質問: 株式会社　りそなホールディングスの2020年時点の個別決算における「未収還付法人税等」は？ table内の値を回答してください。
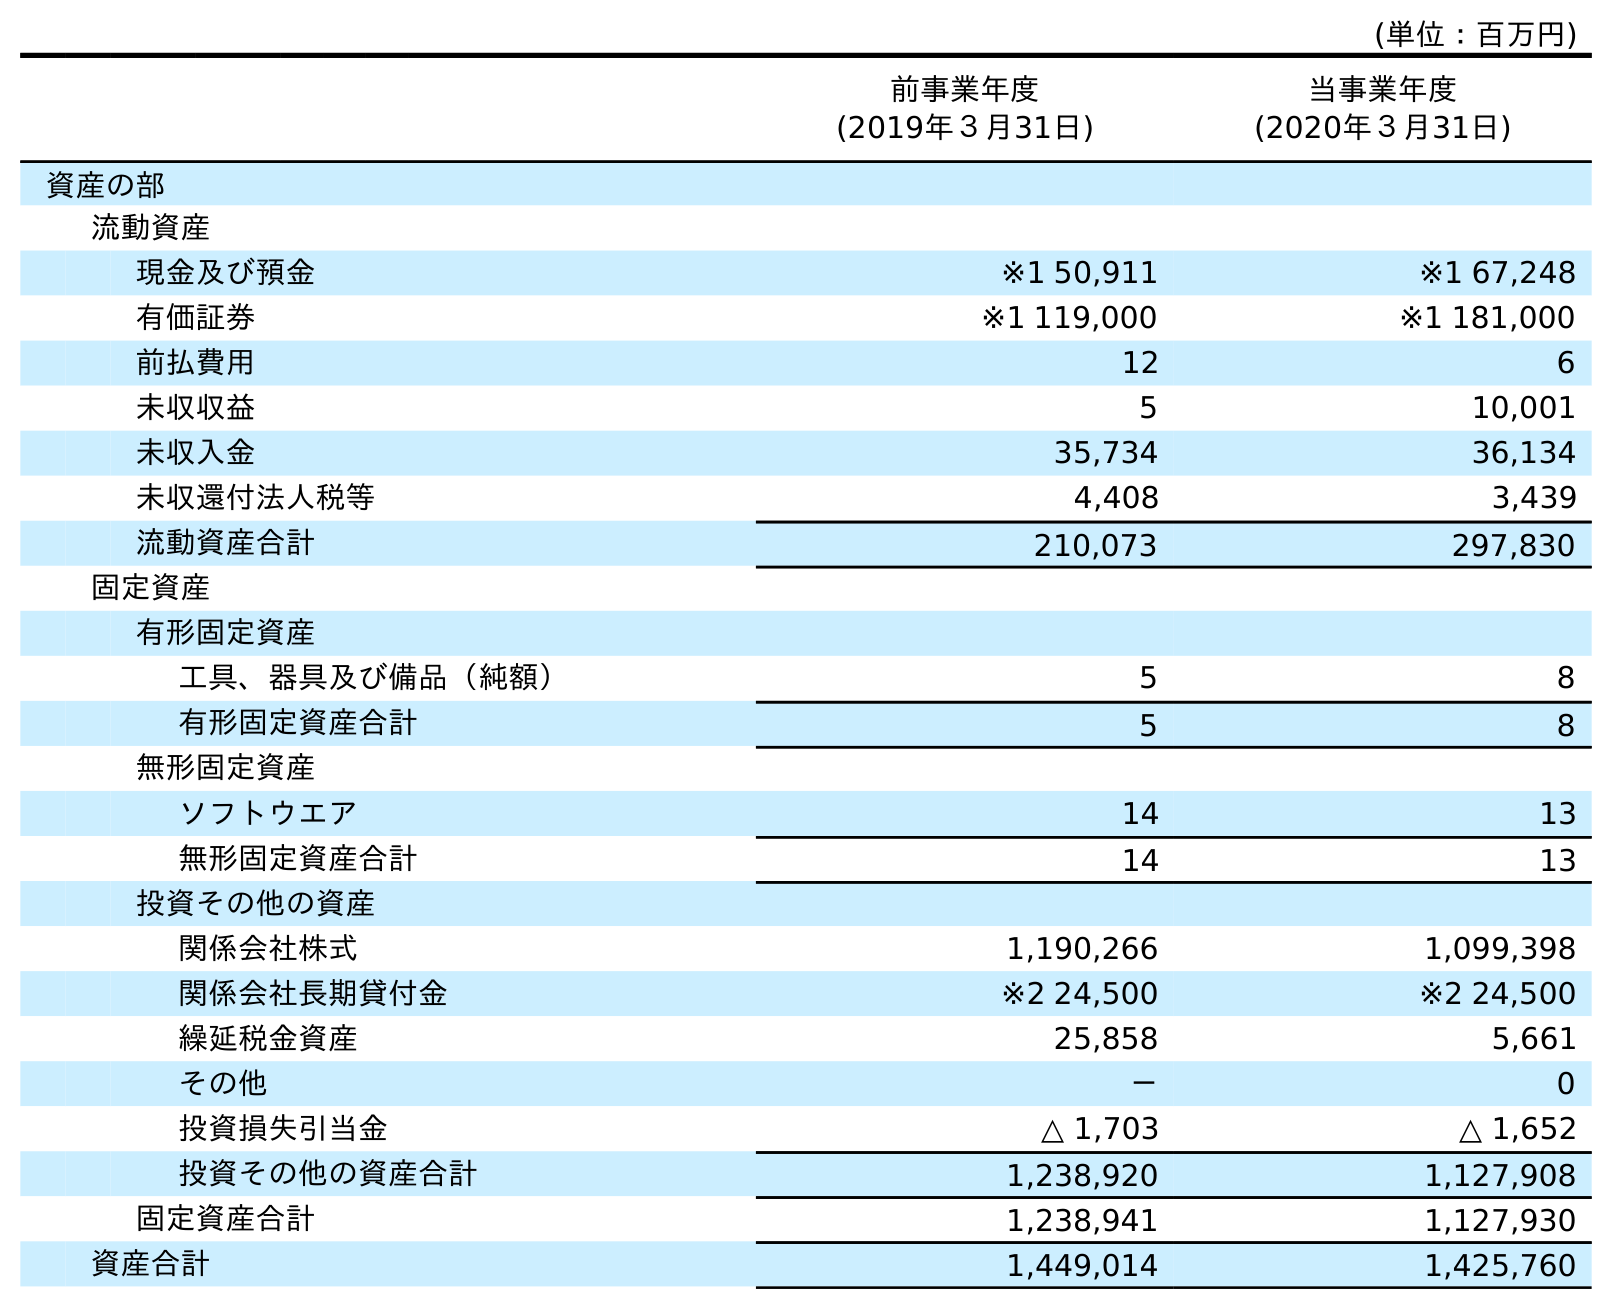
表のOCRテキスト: (単位：百万円) 前事業年度 (2019年３月31日) 当事業年度 (2020年３月31日) 資産の部 流動資産 現金及び預金 ※1 50,911 ※1 67,248 有価証券 ※1 119,000 ※1 181,000 前払費用 12 6 未収収益 5 10,001 未収入金 35,734 36,134 未収還付法人税等 4,408 3,439 流動資産合計 210,073 297,830 固定資産 有形固定資産 工具、器具及び備品（純額） 5 8 有形固定資産合計 5 8 無形固定資産 ソフトウエア 14 13 無形固定資産合計 14 13 投資その他の資産 関係会社株式 1,190,266 1,099,398 関係会社長期貸付金 ※2 24,500 ※2 24,500 繰延税金資産 25,858 5,661 その他 － 0 投資損失引当金 △ 1,703 △ 1,652 投資その他の資産合計 1,238,920 1,127,908 固定資産合計 1,238,941 1,127,930 資産合計 1,449,014 1,425,760
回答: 3,439